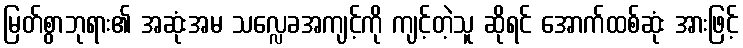
မြတ်စွာဘုရား၏ အဆုံးအမ သလ္လေခအကျင့်ကို ကျင့်တဲ့သူ ဆိုရင် အောက်ထစ်ဆုံး အားဖြင့်